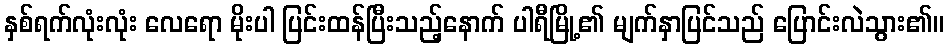
နှစ်ရက်လုံးလုံး လေရော မိုးပါ ပြင်းထန်ပြီးသည့်နောက် ပါရီမြို့၏ မျက်နှာပြင်သည် ပြောင်းလဲသွား၏။